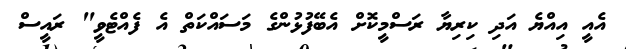
އެއީ އިއްޔެ އަދި ކިރިޔާ ރަސްމީކޮށް އެބޭފުޅުންގެ މަސައްކަތް އެ ފެއްޓެވީ" ރައީސް